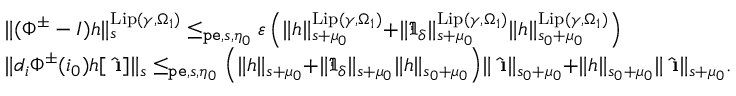
\begin{array} { r l } & { \rVert ( \Phi ^ { \pm } - I ) h \rVert _ { s } ^ { \mathrm { L i p } ( \gamma , \Omega _ { 1 } ) } \le _ { \mathtt { p e } , s , \eta _ { 0 } } \varepsilon \left( \rVert h \rVert _ { s + \mu _ { 0 } } ^ { \mathrm { L i p } ( \gamma , \Omega _ { 1 } ) } + \rVert \mathfrak { I } _ { \delta } \rVert _ { s + \mu _ { 0 } } ^ { \mathrm { L i p } ( \gamma , \Omega _ { 1 } ) } \rVert h \rVert _ { s _ { 0 } + \mu _ { 0 } } ^ { \mathrm { L i p } ( \gamma , \Omega _ { 1 } ) } \right) } \\ & { \rVert d _ { i } \Phi ^ { \pm } ( i _ { 0 } ) h [ \hat { \textbf { \i } } ] \rVert _ { s } \le _ { \mathtt { p e } , s , \eta _ { 0 } } \left( \rVert h \rVert _ { s + \mu _ { 0 } } + \rVert \mathfrak { I } _ { \delta } \rVert _ { s + \mu _ { 0 } } \rVert h \rVert _ { s _ { 0 } + \mu _ { 0 } } \right) \rVert \hat { \textbf { \i } } \rVert _ { s _ { 0 } + \mu _ { 0 } } + \rVert h \rVert _ { s _ { 0 } + \mu _ { 0 } } \rVert \hat { \textbf { \i } } \rVert _ { s + \mu _ { 0 } } . } \end{array}